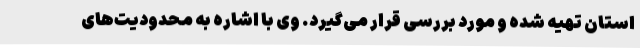
استان تهیه شده و مورد بررسی قرار می‌گیرد. وی با اشاره به محدودیت‌های